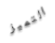
التميز